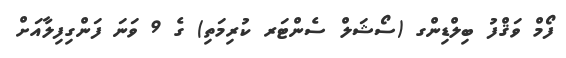
ފޯމް ވަޤްފު ބިލްޑިންގ (ސޯޝަލް ސެންޓަރ ކުރިމަތި) ގެ 9 ވަނަ ފަންގިފިލާއަށް